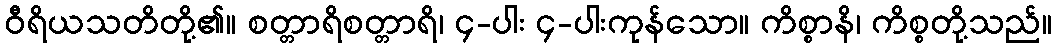
ဝီရိယသတိတို့၏။ စတ္တာရိစတ္တာရိ၊ ၄-ပါး ၄-ပါးကုန်သော။ ကိစ္စာနိ၊ ကိစ္စတို့သည်။